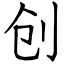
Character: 创